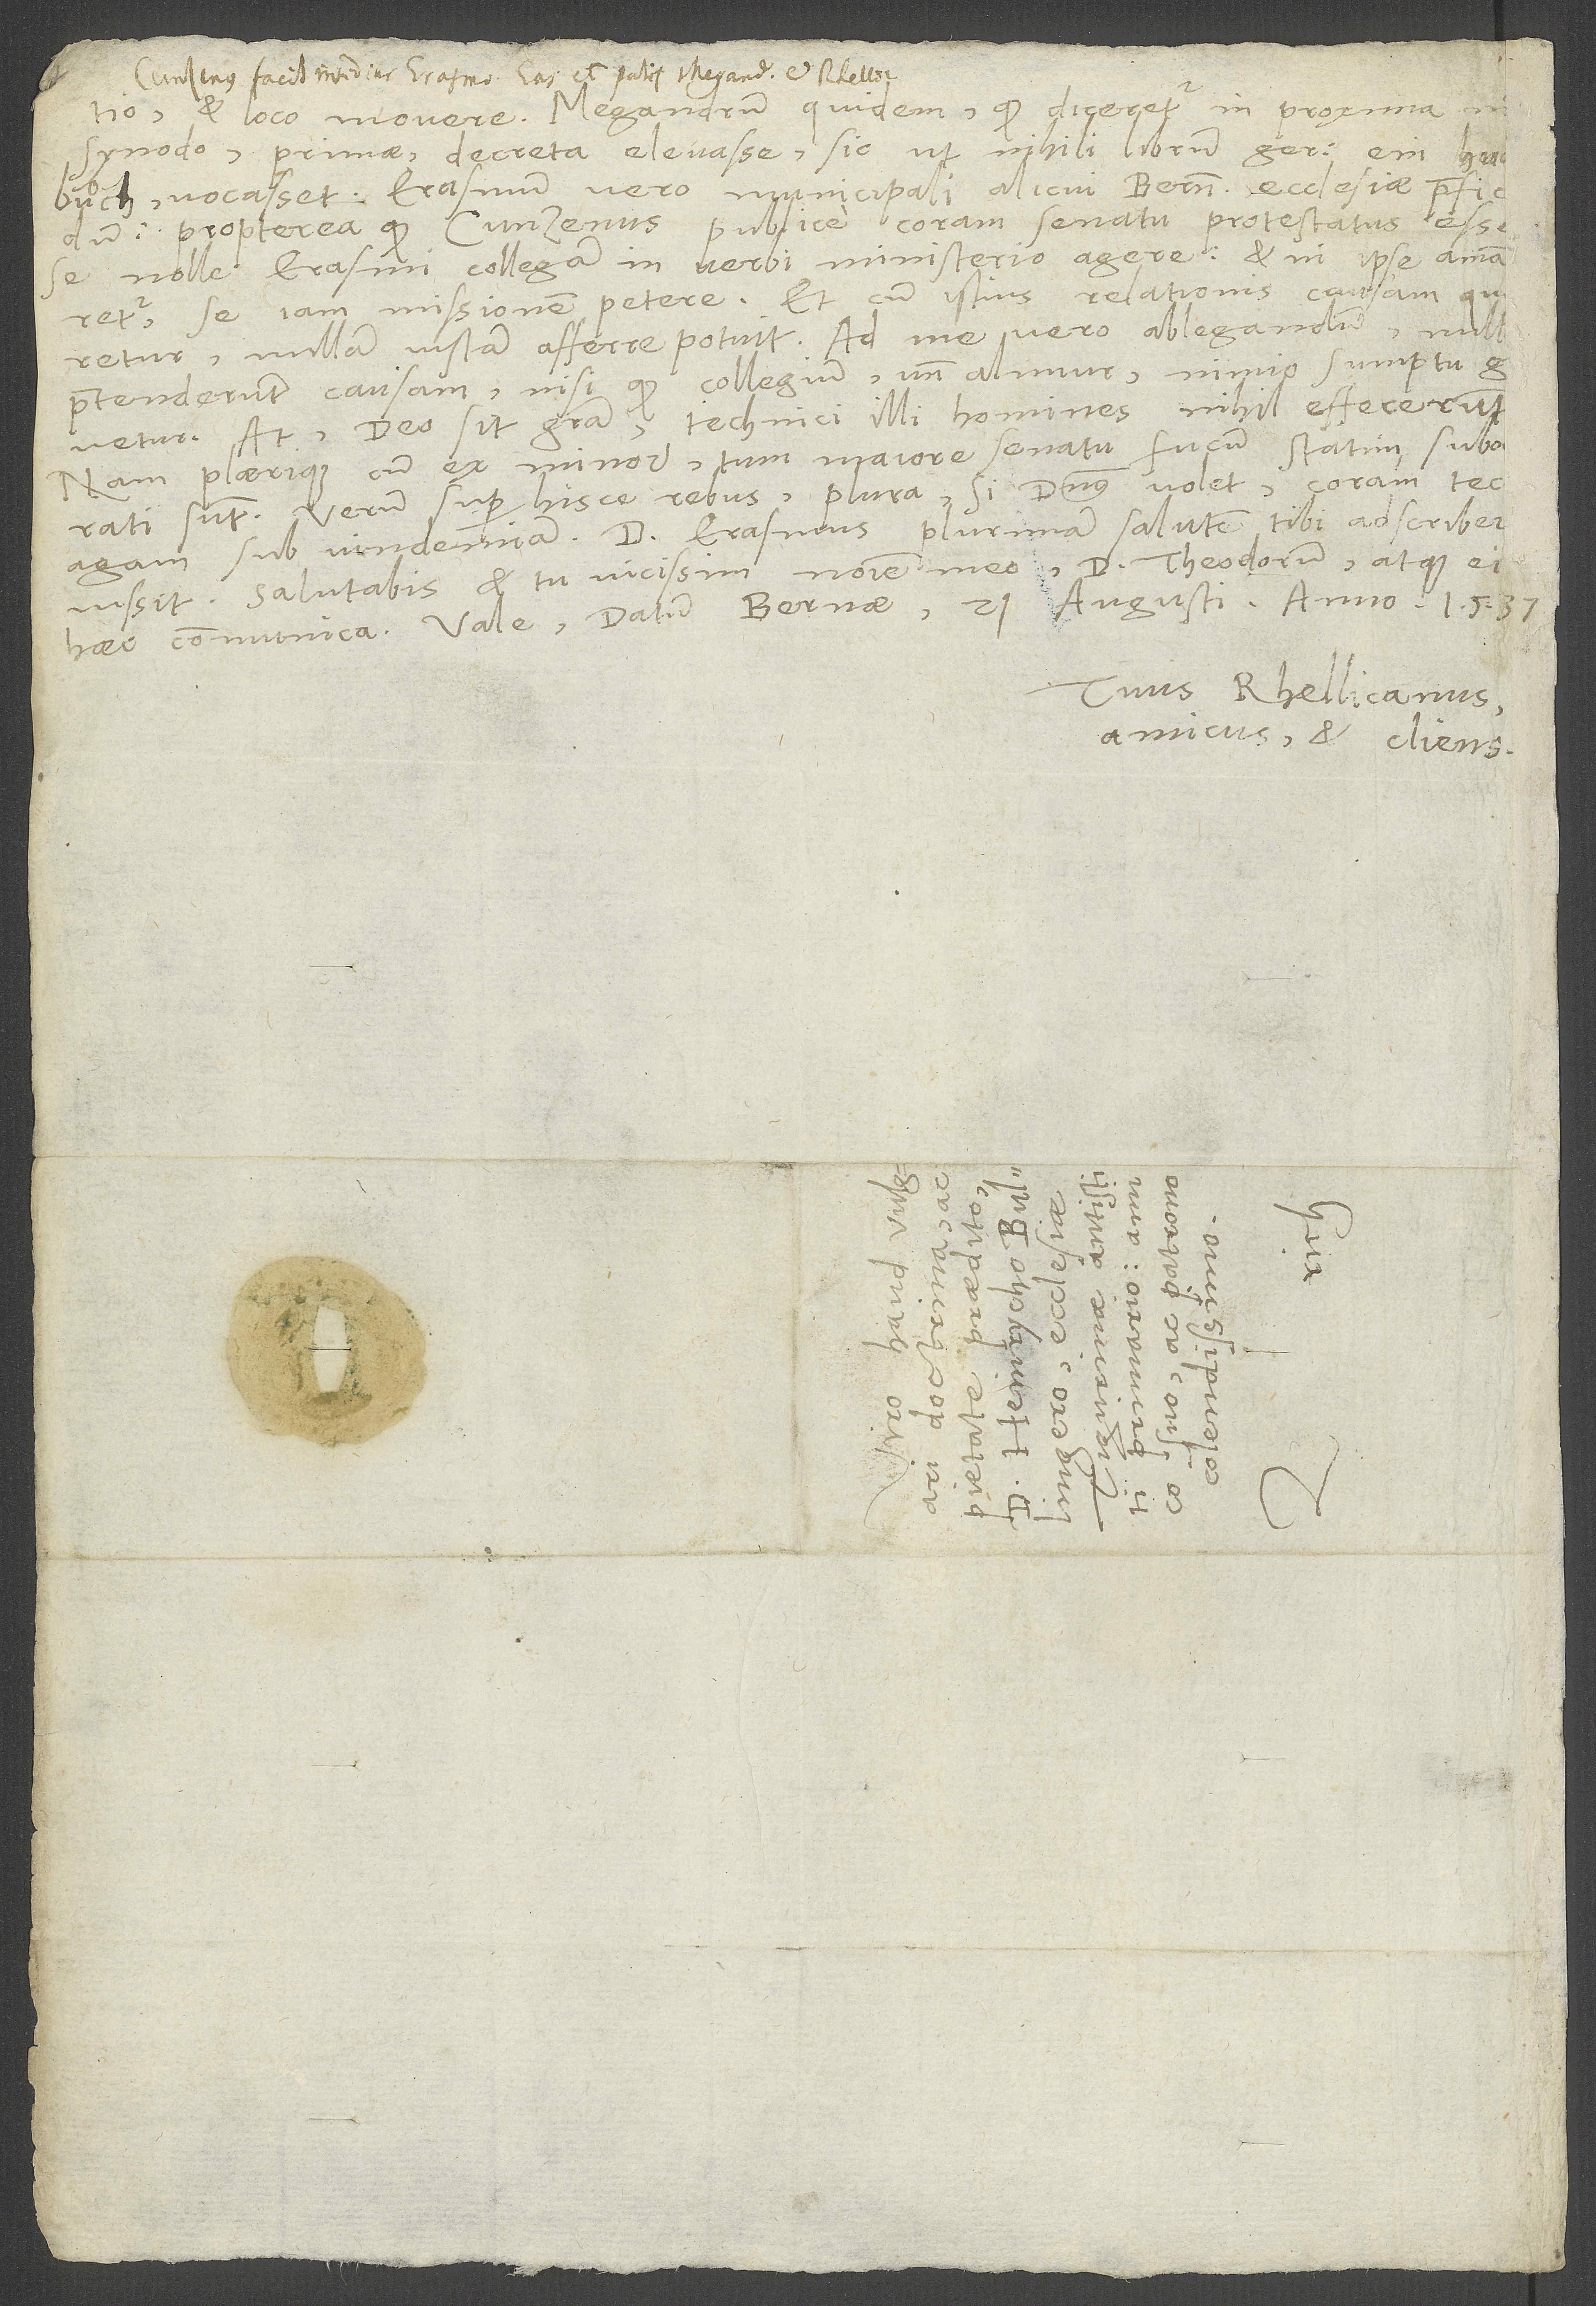
et loco movere, Megandrum quidem, quod diceretur in proxima n
agam sub vindemiam. Dominus Erasmus plurimam salutem tibi adscriber
iussit. Salutabis et tu vicissim nomine meo d. Theodorum atque ei
haec communica. Vale. Datum Bernae, 21. augusti anno 1537.
Tuus Rhellicanus,
amicus et cliens.